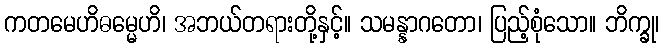
ကတမေဟိဓမ္မေဟိ၊ အဘယ်တရားတို့နှင့်။ သမန္နာဂတော၊ ပြည့်စုံသော။ ဘိက္ခု၊